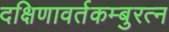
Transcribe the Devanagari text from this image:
दक्षिणावर्तकम्बुरत्न